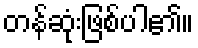
တန်ဆုံးဖြစ်ပါ၏။